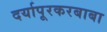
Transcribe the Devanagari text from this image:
दर्यापूरकरबाबा